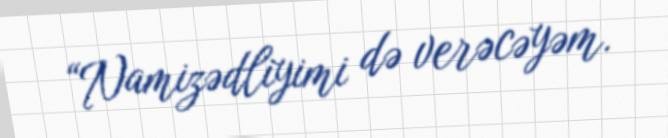
“Namizədliyimi də verəcəyəm.